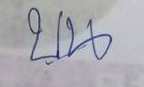
บน